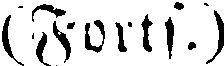
(Forts.)